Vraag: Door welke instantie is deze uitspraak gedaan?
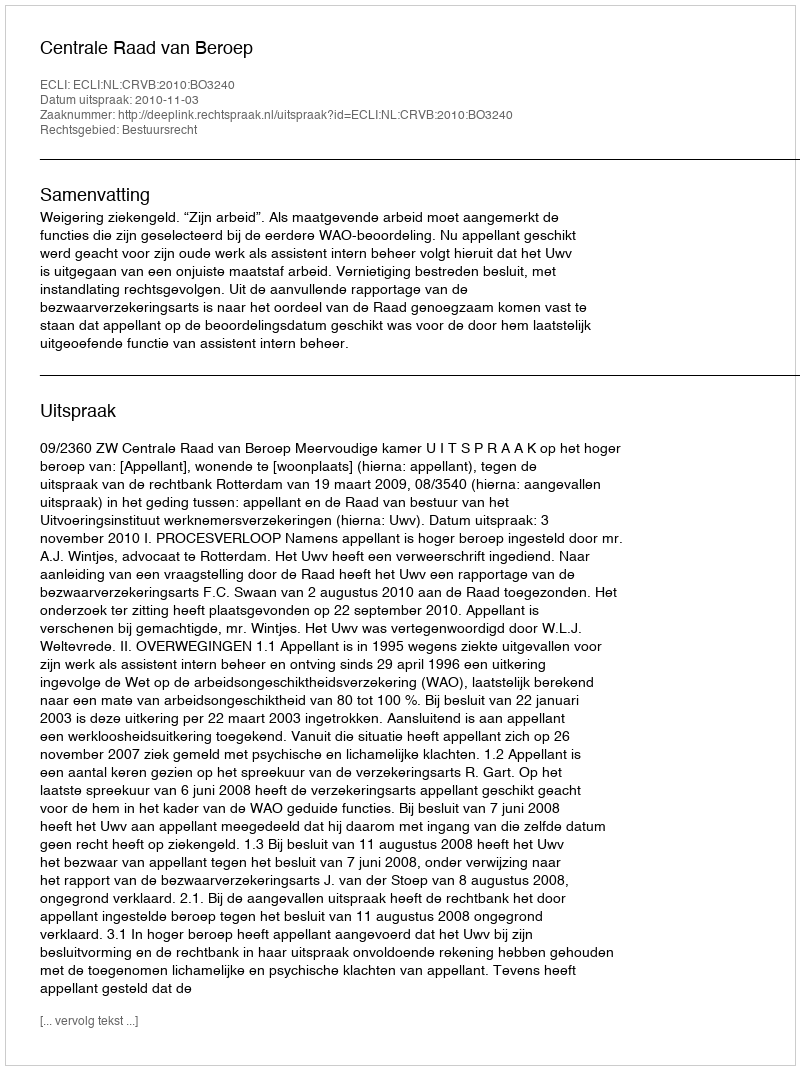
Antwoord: Centrale Raad van Beroep